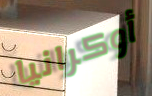
أوكرانيا